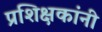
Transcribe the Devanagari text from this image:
प्रशिक्षकांनी